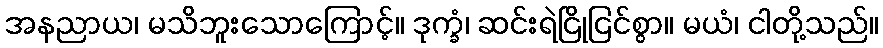
အနညာယ၊ မသိဘူးသောကြောင့်။ ဒုက္ခံ၊ ဆင်းရဲငြိုငြင်စွာ။ မယံ၊ ငါတို့သည်။